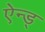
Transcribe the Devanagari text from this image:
ऐन्ड्